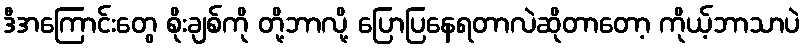
ဒီအကြောင်းတွေ စိုးချစ်ကို တို့ဘာလို့ ပြောပြနေရတာလဲဆိုတာတော့ ကိုယ့်ဘာသာပဲ